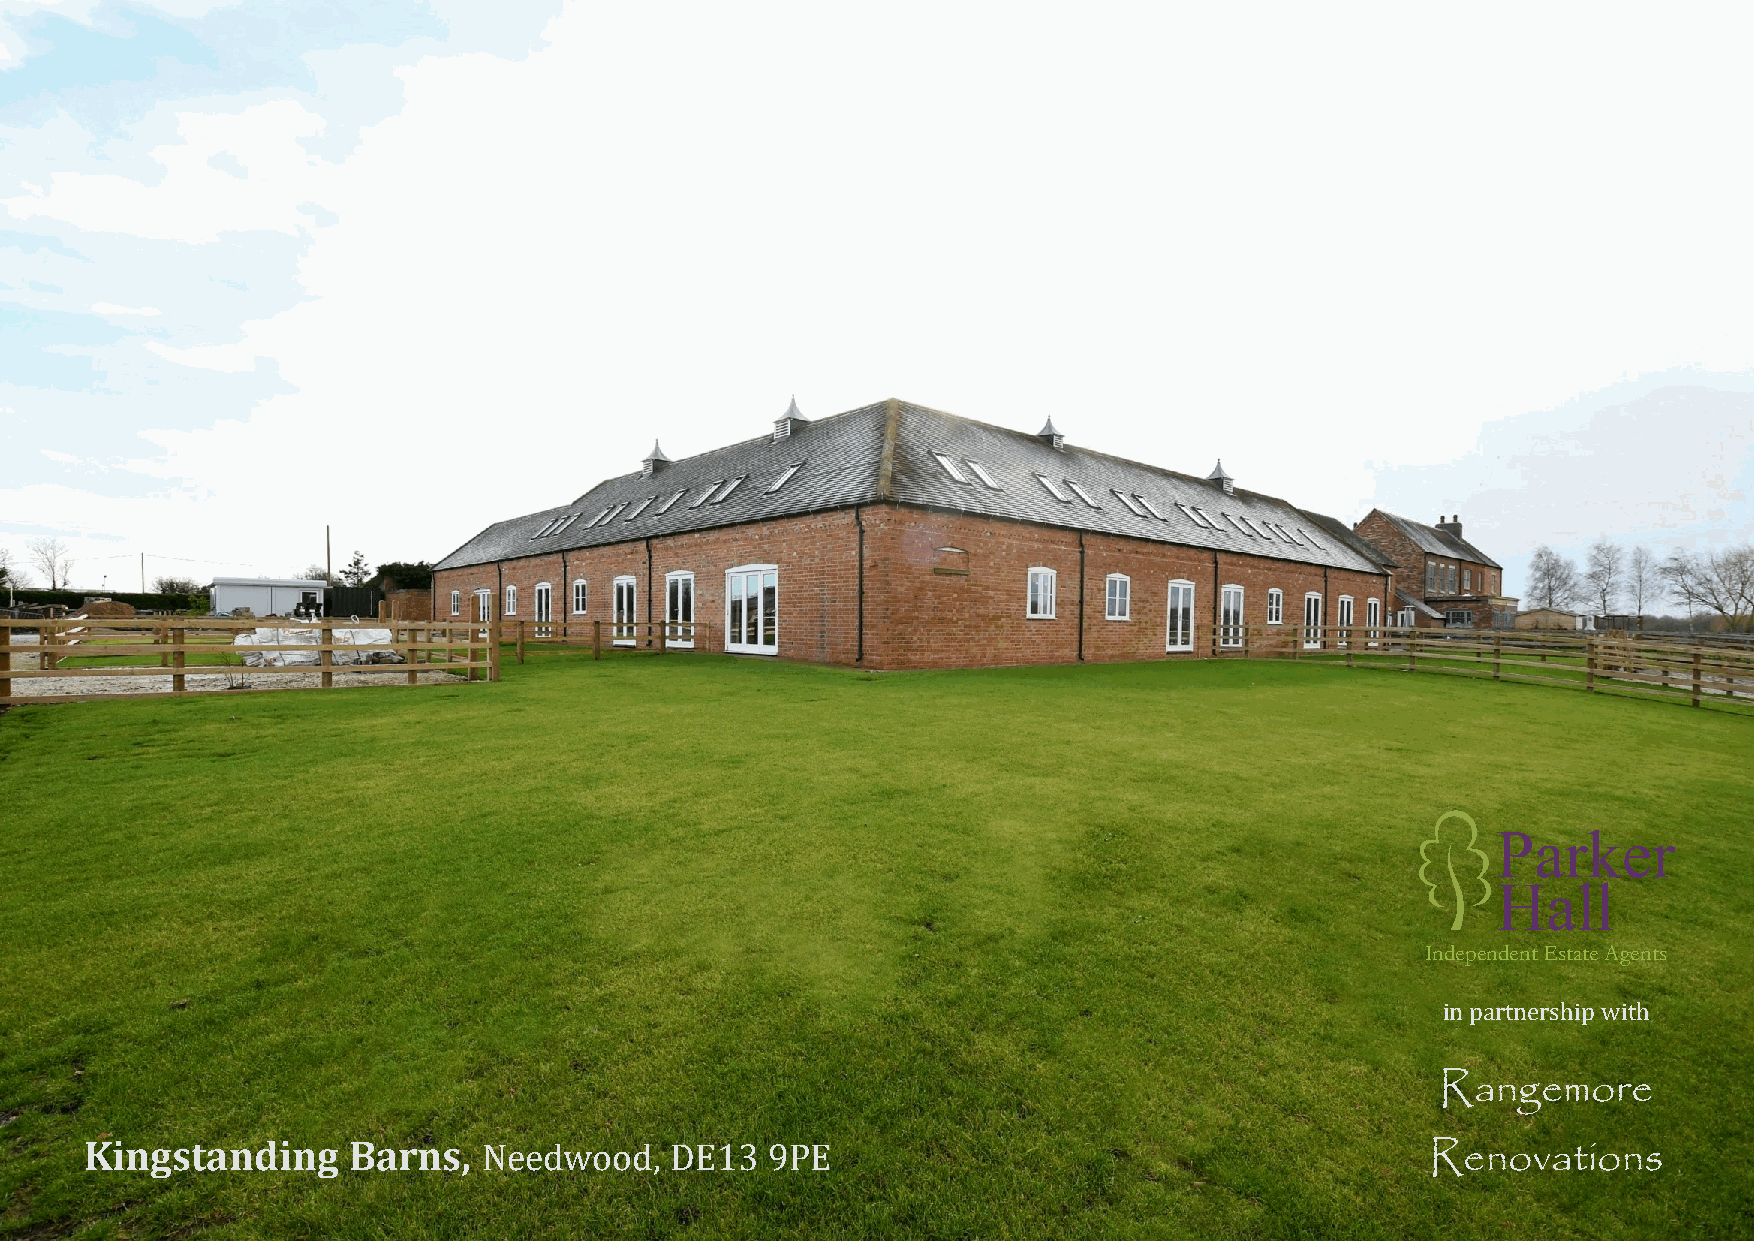
Parker
 Hall
 Independent Estate Agents
 in partnership with
 Rangemore
 Kingstanding     Barns,   Needwood,   DE13   9PE                                         Renovations